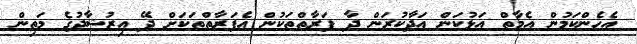
އެހެންކަމުން އެމާތް އަޅުކަން އަދާކުރަން ދާ ފަރާތްތަކުން އެފަރާތްތަކަށް ދޭ އިރުޝާދުގެ މަތިން